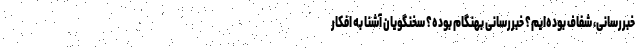
خبررسانی، شفاف بوده‌ایم؟ خبررسانی بهنگام بوده؟ سخنگویان آشنا به افکار